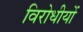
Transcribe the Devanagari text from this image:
विरोधीयों